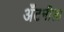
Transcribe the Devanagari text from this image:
अँटनीला